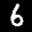
Label: 6